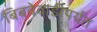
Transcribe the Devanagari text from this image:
बिबवेवाडीपर्यंत